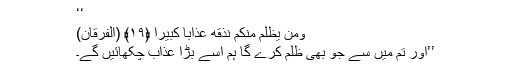
‘‘
وَمَن يَظْلِم مِّنكُمْ نُذِقْهُ عَذَابًا كَبِيرًا ﴿١٩﴾ (الفرقان)
’’اور تم میں سے جو بھی ظلم کرے گا ہم اسے بڑا عذاب چکھائیں گے۔